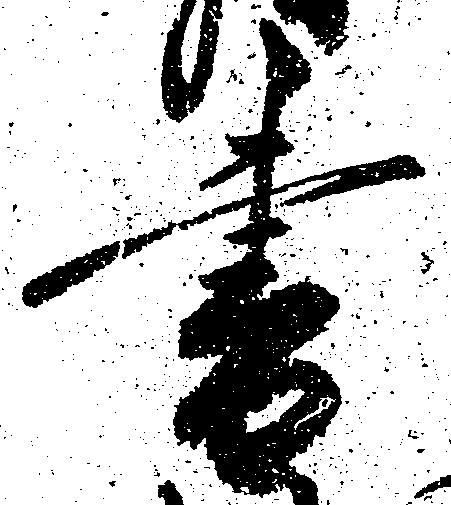
書